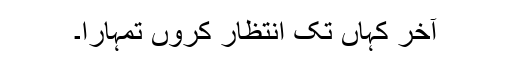
آخر کہاں تک انتظار کروں تمہارا۔